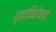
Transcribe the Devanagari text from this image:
वृत्तविशेषाचे